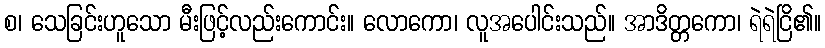
စ၊ သေခြင်းဟူသော မီးဖြင့်လည်းကောင်း။ လောကော၊ လူအပေါင်းသည်။ အာဒိတ္တကော၊ ရဲရဲငြိ၏။